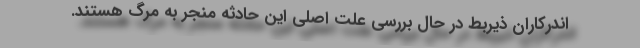
اندرکاران ذیربط در حال بررسی علت اصلی این حادثه منجر به مرگ هستند.